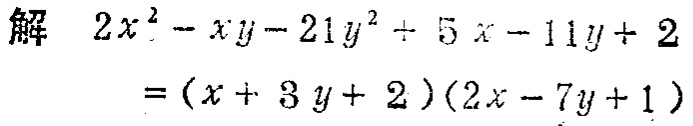
解

\[

\begin{align*}

&2x^{2}-xy - 21y^{2}+5x - 11y + 2\\

=&(x + 3y + 2)(2x - 7y + 1)

\end{align*}

\]